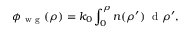
\phi _ { \mathrm { ~ w ~ g ~ } } ( \rho ) = k _ { 0 } \int _ { 0 } ^ { \rho } n ( \rho ^ { \prime } ) \; \mathrm { ~ d ~ } \rho ^ { \prime } ,